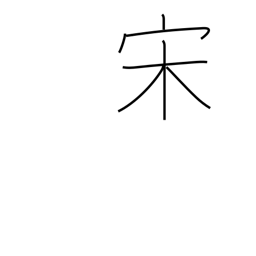
Meaning: Sung dynasty